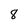
Character: 8